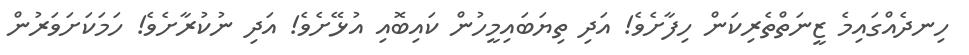
ހިނދެއްގައިމެ ޒީނަތްތެރިކަން ހިފާށެވެ! އަދި ތިޔަބައިމީހުން ކައިބޮއި އުޅޭށެވެ! އަދި ނުކުރާށެވެ! ހަމަކަށަވަރުން